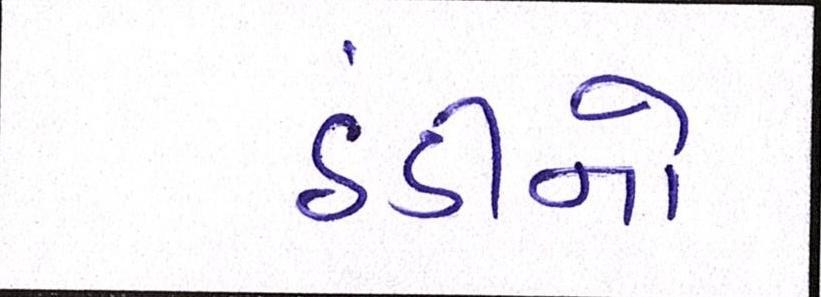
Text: ઠંડીનો